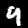
Label: 9